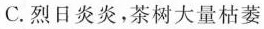
C.烈日炎炎，茶树大量枯萎